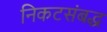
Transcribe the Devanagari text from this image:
निकटसंबद्ध